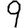
Digit: 9